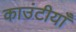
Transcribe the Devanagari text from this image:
काउंटीयाँ